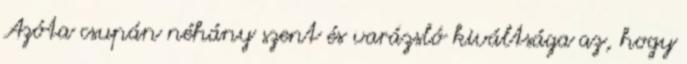
Azóta csupán néhány szent és varázsló kiváltsága az, hogy